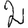
Digit: 2